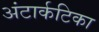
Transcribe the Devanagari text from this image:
अंटार्कटिका